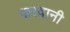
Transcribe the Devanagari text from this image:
फरवानी